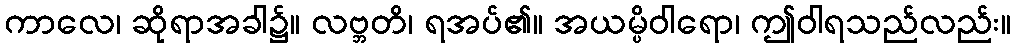
ကာလေ၊ ဆိုရာအခါ၌။ လဗ္ဘတိ၊ ရအပ်၏။ အယမ္ပိဝါရော၊ ဤဝါရသည်လည်း။